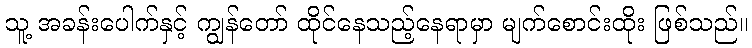
သူ့ အခန်းပေါက်နှင့် ကျွန်တော် ထိုင်နေသည့်နေရာမှာ မျက်စောင်းထိုး ဖြစ်သည်။